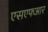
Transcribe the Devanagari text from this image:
एसएफआर